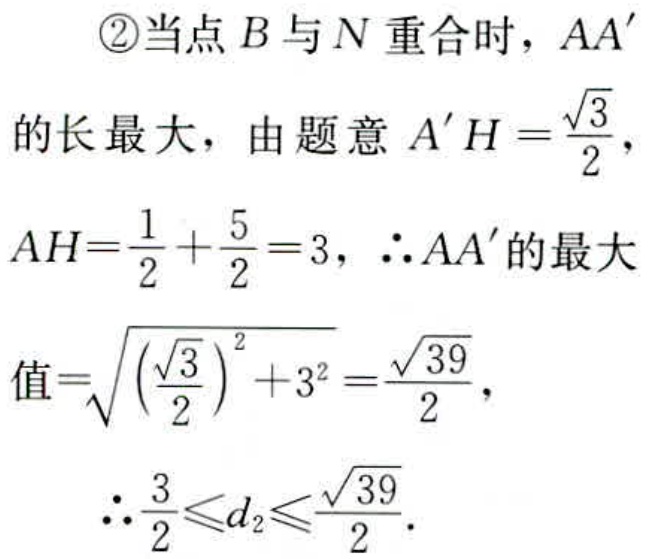
\textcircled{2}当点\(B\)与\(N\)重合时，\(AA'\)的长最大，由题意\(A'H = \frac{\sqrt{3}}{2}\)，\(AH=\frac{1}{2}+\frac{5}{2}=3\)，\(\therefore AA'\)的最大值\(=\sqrt{(\frac{\sqrt{3}}{2})^2 + 3^2}=\frac{\sqrt{39}}{2}\)，
\(\therefore \frac{3}{2}\leqslant d_{2}\leqslant\frac{\sqrt{39}}{2}\).